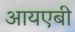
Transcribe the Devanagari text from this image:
आयएबी